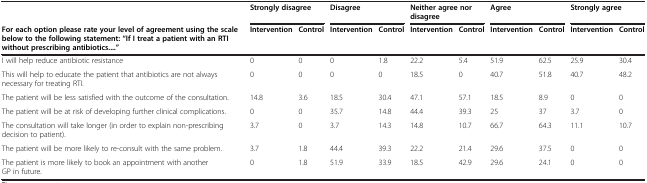
<table><thead><tr><td></td><td colspan="2"><b>Strongly disagree</b></td><td colspan="2"><b>Disagree</b></td><td colspan="2"><b>Neither agree nor disagree</b></td><td colspan="2"><b>Agree</b></td><td colspan="2"><b>Strongly agree</b></td></tr><tr><td><b>For each option please rate your level of agreement using the scale below to the following statement: “If I treat a patient with an RTI without prescribing antibiotics....”</b></td><td><b>Intervention</b></td><td><b>Control</b></td><td><b>Intervention</b></td><td><b>Control</b></td><td><b>Intervention</b></td><td><b>Control</b></td><td><b>Intervention</b></td><td><b>Control</b></td><td><b>Intervention</b></td><td><b>Control</b></td></tr></thead><tbody><tr><td>I will help reduce antibiotic resistance</td><td>0</td><td>0</td><td>0</td><td>1.8</td><td>22.2</td><td>5.4</td><td>51.9</td><td>62.5</td><td>25.9</td><td>30.4</td></tr><tr><td>This will help to educate the patient that antibiotics are not always necessary for treating RTI.</td><td>0</td><td>0</td><td>0</td><td>0</td><td>18.5</td><td>0</td><td>40.7</td><td>51.8</td><td>40.7</td><td>48.2</td></tr><tr><td>The patient will be less satisfied with the outcome of the consultation.</td><td>14.8</td><td>3.6</td><td>18.5</td><td>30.4</td><td>47.1</td><td>57.1</td><td>18.5</td><td>8.9</td><td>0</td><td>0</td></tr><tr><td>The patient will be at risk of developing further clinical complications.</td><td>0</td><td>0</td><td>35.7</td><td>14.8</td><td>44.4</td><td>39.3</td><td>25</td><td>37</td><td>3.7</td><td>0</td></tr><tr><td>The consultation will take longer (in order to explain non-prescribing decision to patient).</td><td>3.7</td><td>0</td><td>3.7</td><td>14.3</td><td>14.8</td><td>10.7</td><td>66.7</td><td>64.3</td><td>11.1</td><td>10.7</td></tr><tr><td>The patient will be more likely to re-consult with the same problem.</td><td>3.7</td><td>1.8</td><td>44.4</td><td>39.3</td><td>22.2</td><td>21.4</td><td>29.6</td><td>37.5</td><td>0</td><td>0</td></tr><tr><td>The patient is more likely to book an appointment with another GP in future.</td><td>0</td><td>1.8</td><td>51.9</td><td>33.9</td><td>18.5</td><td>42.9</td><td>29.6</td><td>24.1</td><td>0</td><td>0</td></tr></tbody></table>